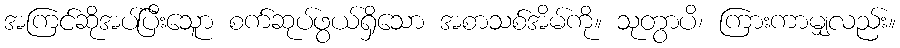
အကြင်ဆိုအပ်ပြီးသေူာ စက်ဆုပ်ဖွယ်ရှိသော အစာသစ်အိမ်ကို။ သုတွာပိ၊ ကြားကာမျှလည်း။